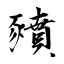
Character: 豶